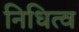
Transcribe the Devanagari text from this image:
निधित्व